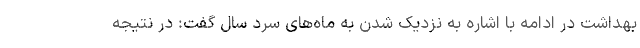
بهداشت در ادامه با اشاره به نزدیک شدن به ماه‌های سرد سال گفت: در نتیجه